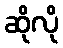
ဆိုလို